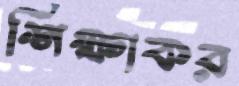
শিক্ষাকর